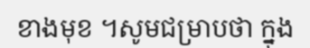
ខាងមុខ ។សូមជម្រាបថា ក្នុង